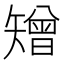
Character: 矰